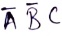
Text: ABC